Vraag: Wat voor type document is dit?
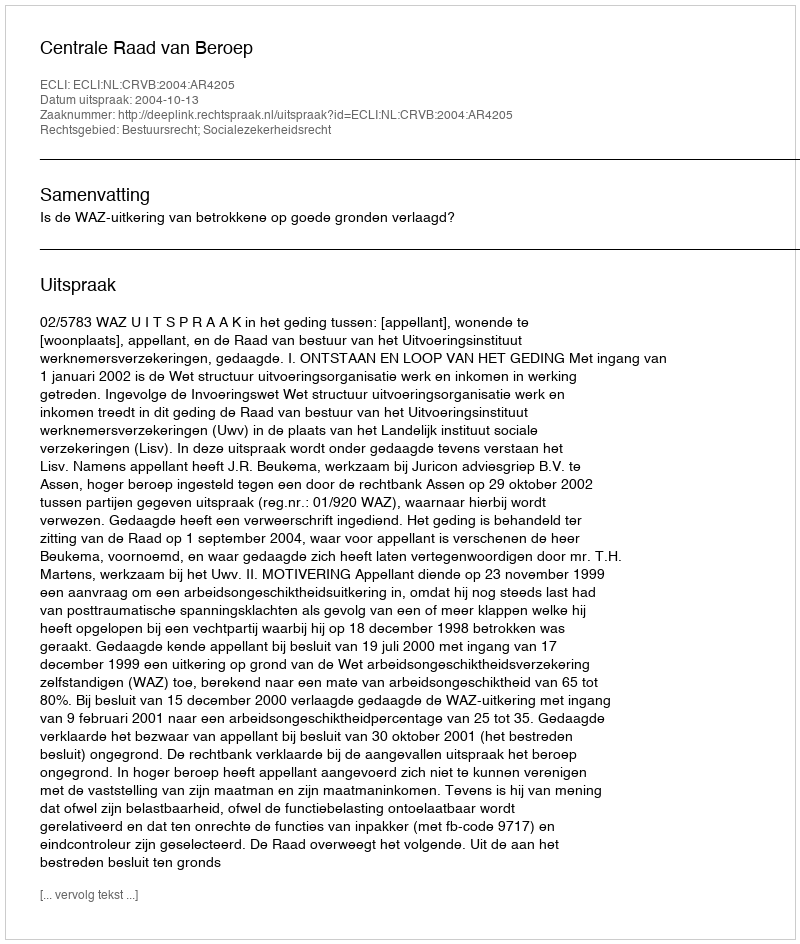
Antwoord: Uitspraak